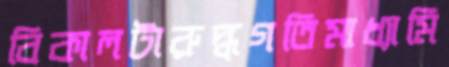
বিকালটারুদ্ধগতিমাধ্যামি